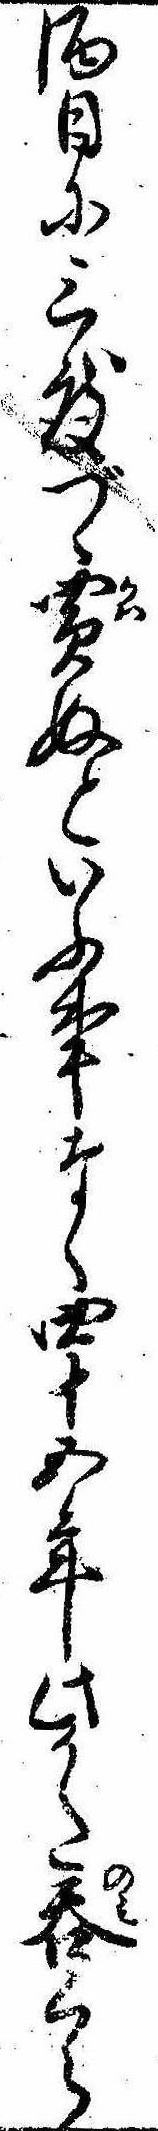
酒日に三度づゝ買ぬといふ事なく四十五年此かた呑くら